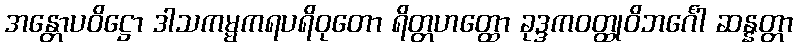
အန္တောပဝိဋ္ဌော ဒါသကမ္မကရပရိဝုတော ရိတ္တဟတ္ထော ခုဒ္ဒကဝတ္ထုဝိဘင်္ဂေါ ဆန္နတ္တာ